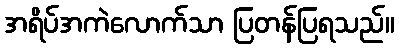
အရိပ်အကဲလောက်သာ ပြတန်ပြရသည်။